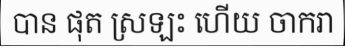
បាន ផុត ស្រឡះ ហើយ ចាករា